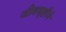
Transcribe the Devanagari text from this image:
जीवसृष्टीने